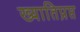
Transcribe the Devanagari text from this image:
ख्यातिप्रप्त